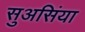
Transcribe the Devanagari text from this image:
सुअसिंया